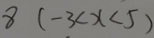
8 ( - 3 < x < 5 )